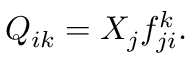
Q _ { i k } = X _ { j } f _ { j i } ^ { k } .